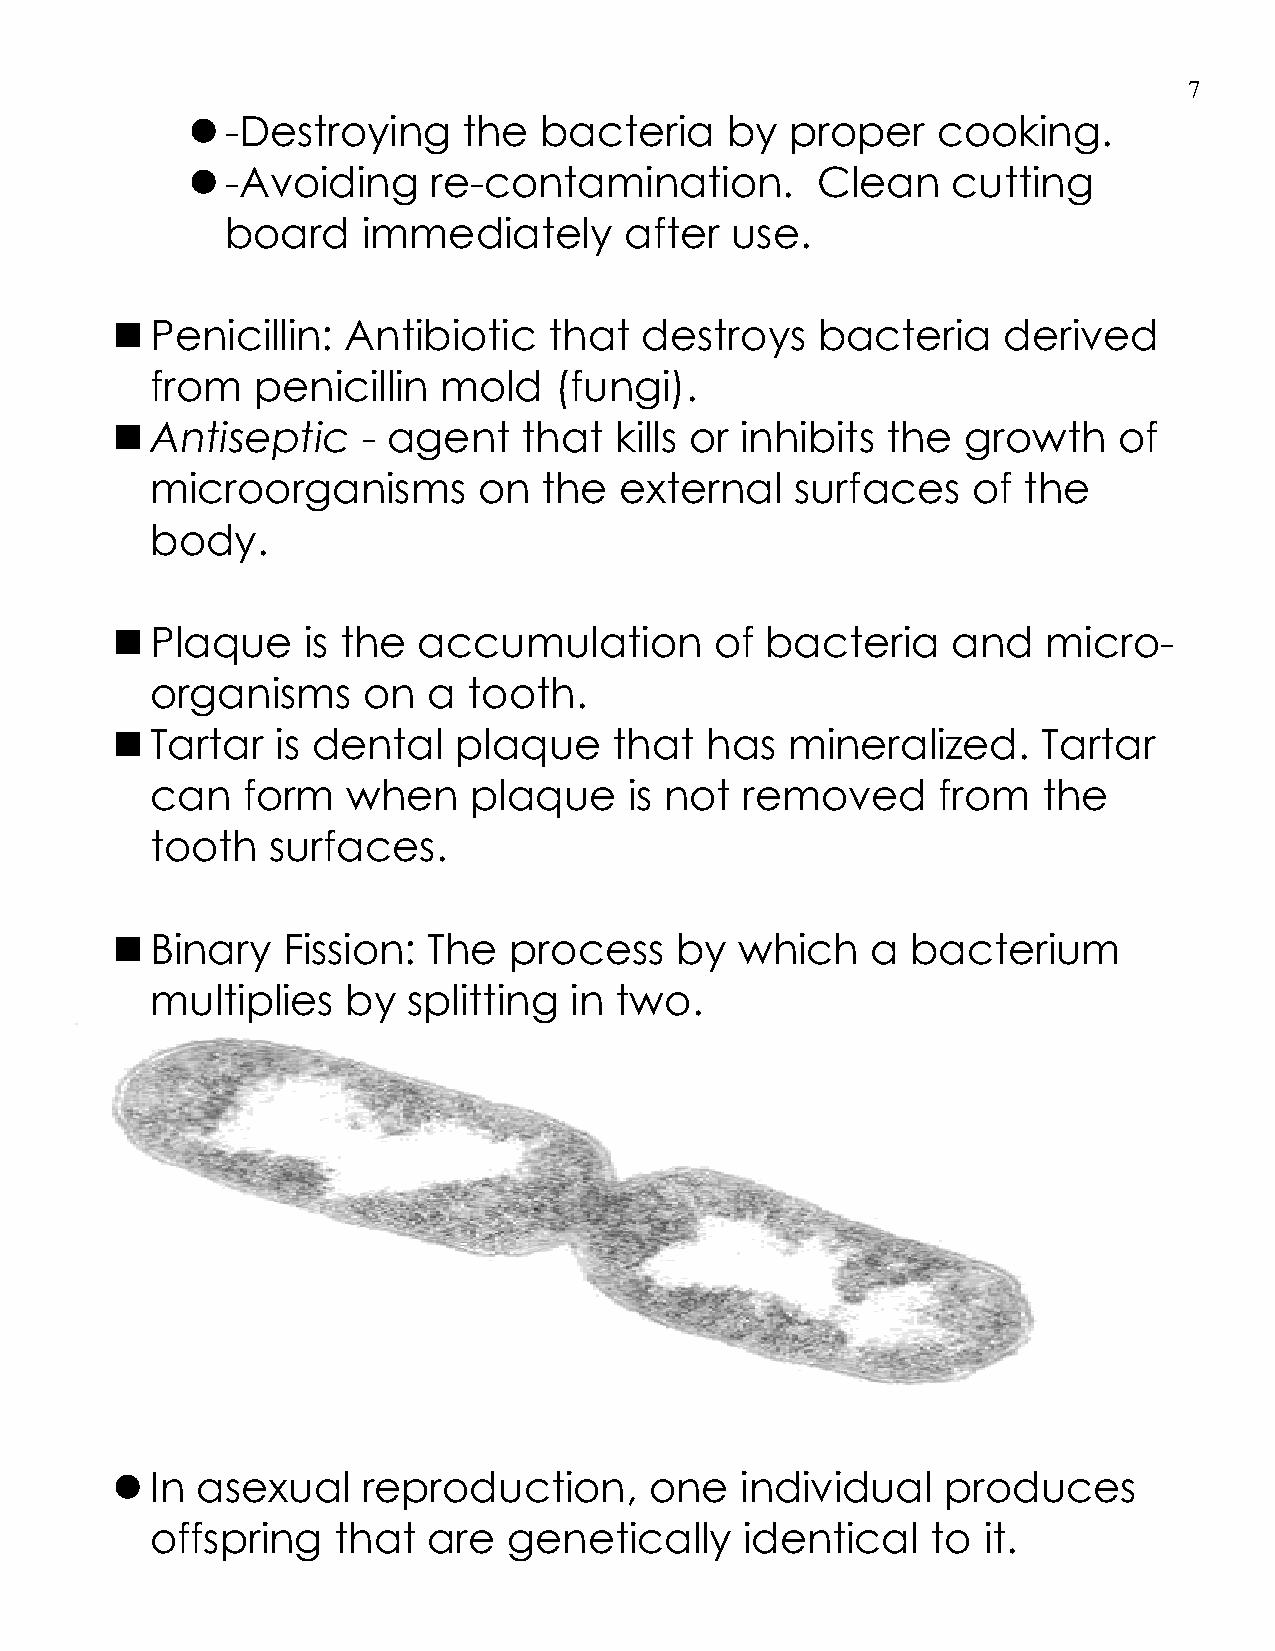
7
   -Destroying     the  bacteria    by  proper    cooking.
   -Avoiding    re-contamination.         Clean    cutting
 board    immediately      after  use.
   Penicillin:  Antibiotic   that  destroys    bacteria    derived
 from   penicillin  mold    (fungi).
   Antiseptic    - agent    that  kills or inhibits the  growth    of
 microorganisms        on  the  external    surfaces   of  the
 body.
   Plaque    is the  accumulation       of  bacteria    and   micro-
 organisms     on  a  tooth.
   Tartar  is dental   plaque     that  has  mineralized.     Tartar
 can   form   when    plaque     is not removed      from   the
 tooth   surfaces.
   Binary   Fission: The   process    by  which    a bacterium
 multiplies   by  splitting  in two.
   In asexual    reproduction,      one   individual    produces
 offspring   that  are   genetically    identical    to it.